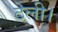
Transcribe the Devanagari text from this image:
ठेली।